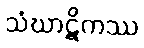
သံဃာဋိကဿ